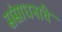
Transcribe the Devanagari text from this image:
संसाधनांचे